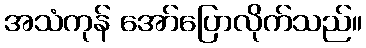
အသံကုန် အော်ပြောလိုက်သည်။